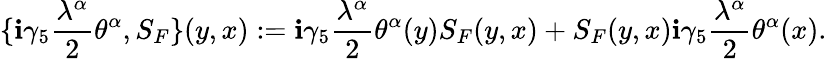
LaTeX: \{ \mathbf{i}\gamma_{5}\frac{{\lambda^{\alpha}}}{{2}}\theta^{\alpha},S_{F}\} (y,x):=\mathbf{i}\gamma_{5}\frac{{\lambda^{\alpha}}}{{2}}\theta^{\alpha}(y)S_{F}(y,x)+S_{F}(y,x)\mathbf{i}\gamma_{5}\frac{{\lambda^{\alpha}}}{{2}}\theta^{\alpha}(x).